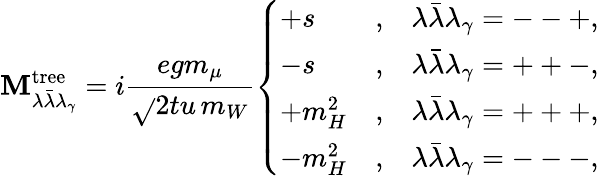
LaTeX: {\cal\mathbf{M}}_{\lambda\bar{{\lambda}}\lambda_{\gamma}}^{\mathrm{{tree}}}=i\frac{{egm_{\mu}}}{{\sqrt{}{{\displaystyle2tu}}\, m_{W}}}\left\{ \begin{array}{lcl}{{+s}}&{{,}}&{{\lambda\bar{\lambda}\lambda_{\gamma}=--+,}}\\ {{-s}}&{{,}}&{{\lambda\bar{\lambda}\lambda_{\gamma}=++-,}}\\ {{+m_{H}^{2}}}&{{,}}&{{\lambda\bar{\lambda}\lambda_{\gamma}=+++,}}\\ {{-m_{H}^{2}}}&{{,}}&{{\lambda\bar{\lambda}\lambda_{\gamma}=---,}}\end{array}\right.\,